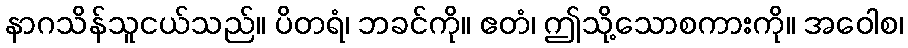
နာဂသိန်သူငယ်သည်။ ပိတရံ၊ ဘခင်ကို။ ဧတံ၊ ဤသို့သောစကားကို။ အဝေါစ၊